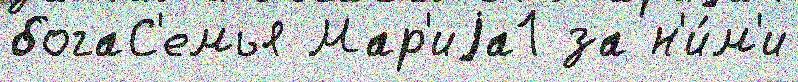
богаС'емья Мар'иjа1 за н'и́м'и